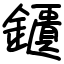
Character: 鑎